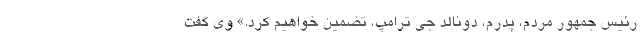
رئیس جمهور مردم، پدرم، دونالد جِی ترامپ، تضمین خواهیم کرد.» وی گفت